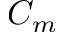
C _ { m }